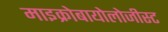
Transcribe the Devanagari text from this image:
माइक्रोबायोलोजीस्ट